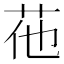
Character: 𦭟